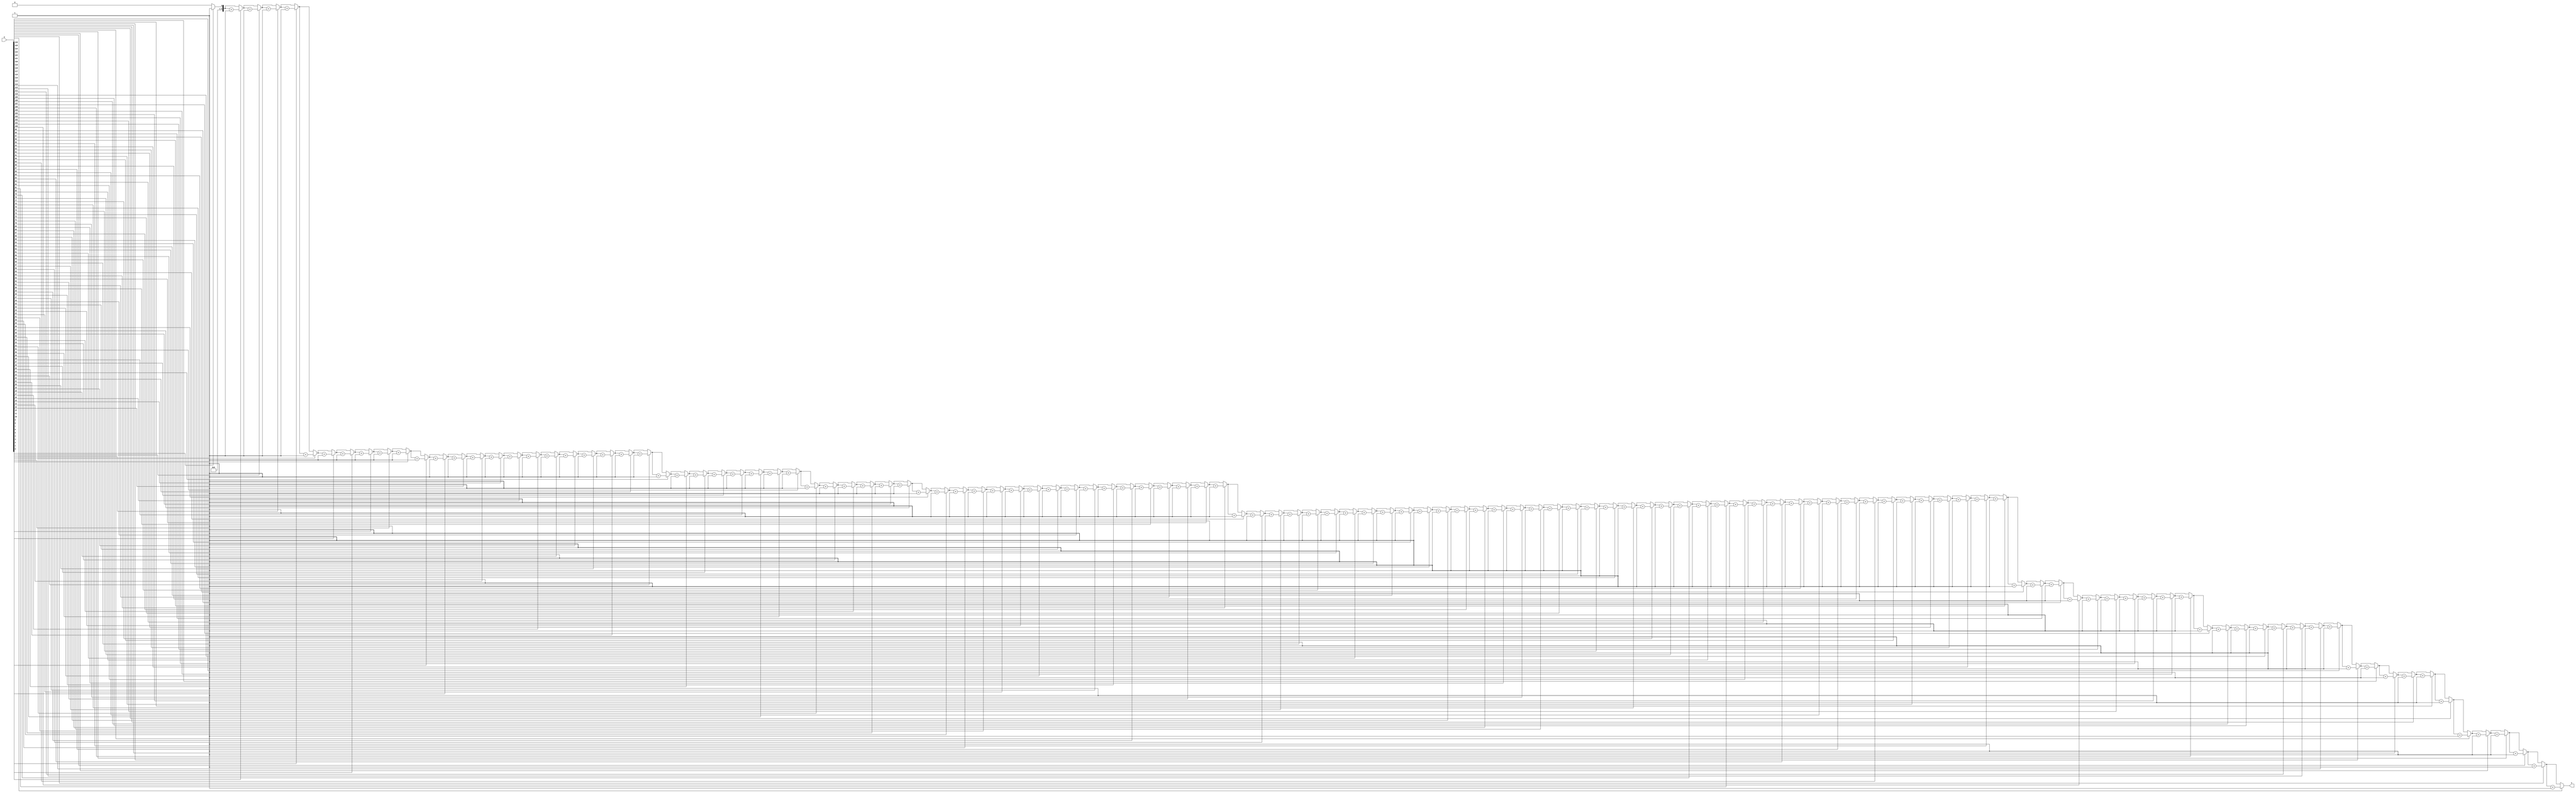
`timescale 1ns/1ns


module OTSBitsCounterAlwaysST (input [126:0]A, output reg [6:0] C);
    integer i;
    always @(*) begin
        C = 7'b0000000;
        for (i = 0; i < 127; i = i+1) begin
            if(A[i] == 1'b1) C = #350 C + 1;
        end
    end
endmodule